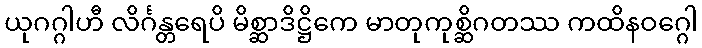
ယုဂဂ္ဂါဟီ လိင်္ဂန္တရေပိ မိစ္ဆာဒိဋ္ဌိကေ မာတုကုစ္ဆိဂတဿ ကထိနဝဂ္ဂေါ